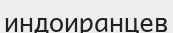
индоиранцев